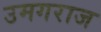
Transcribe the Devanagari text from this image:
उमगराज